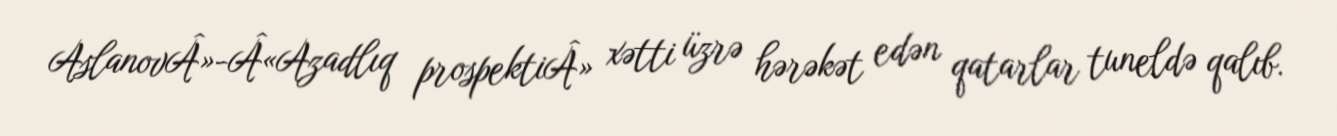
AslanovÂ»-Â«Azadlıq prospektiÂ» xətti üzrə hərəkət edən qatarlar tuneldə qalıb.